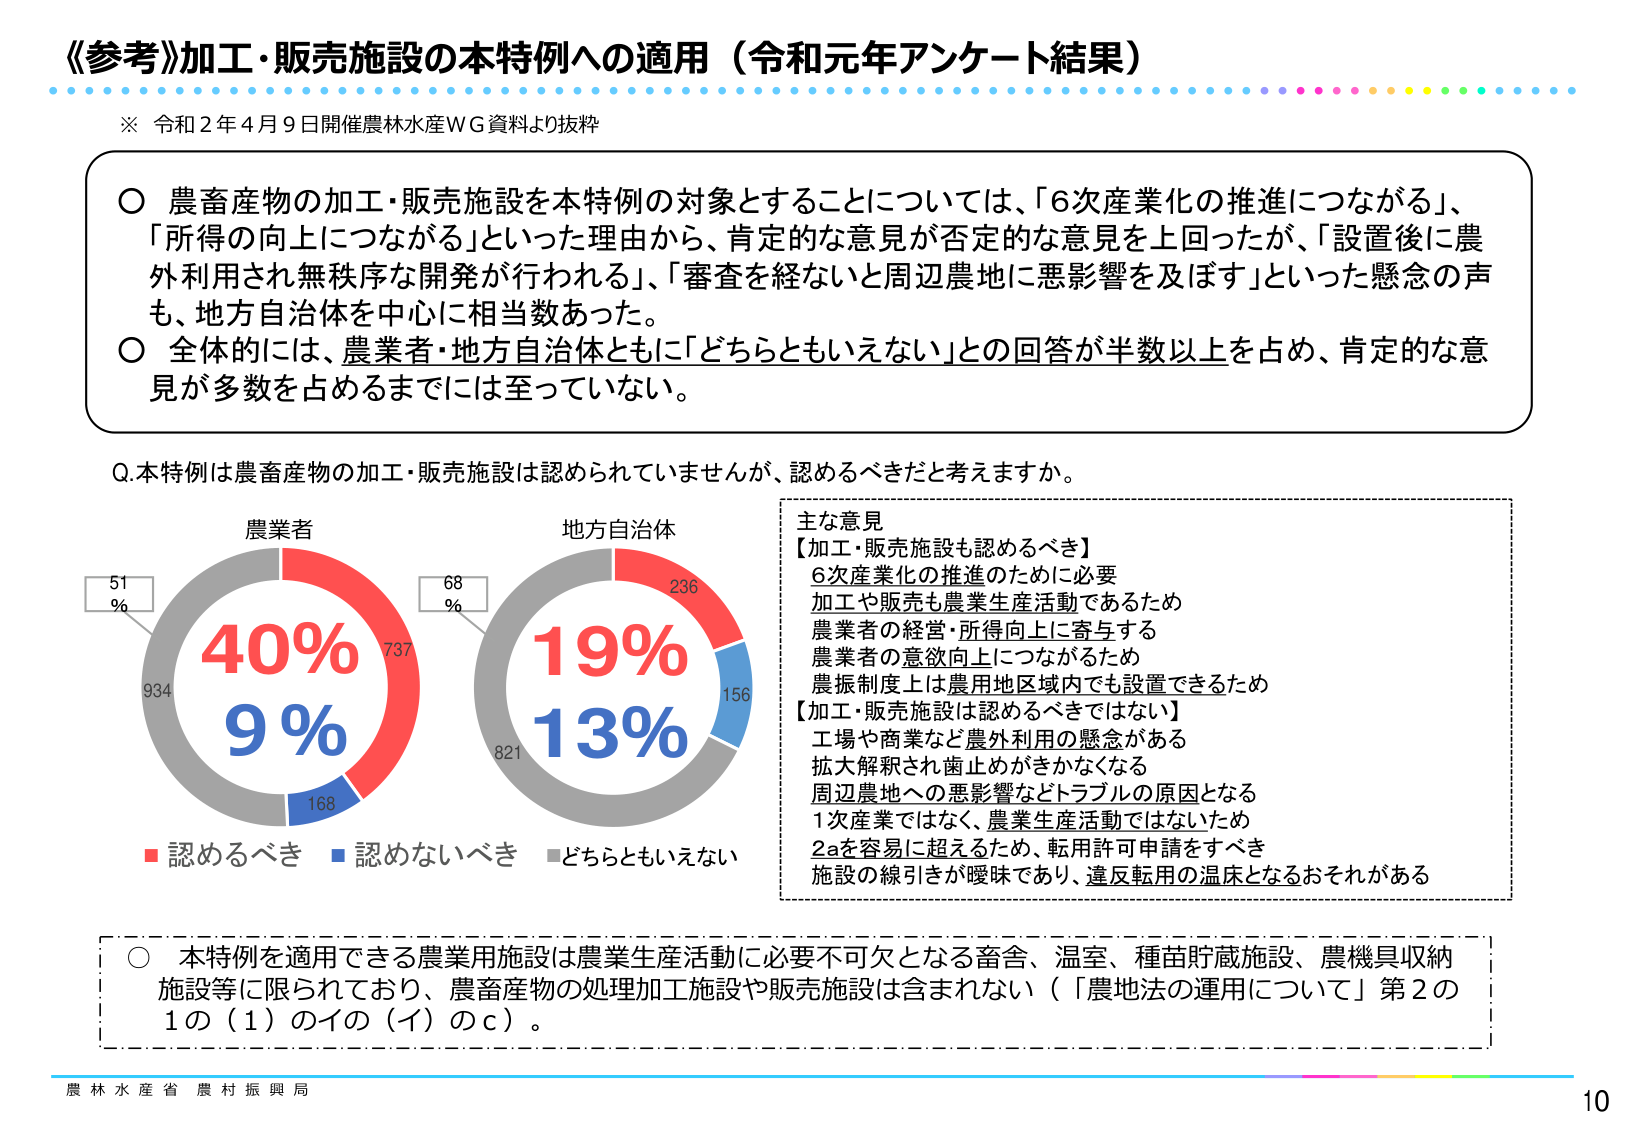
《参考》加工・販売施設の本特例への適用（令和元年アンケート結果）

※ 令和２年４月９日開催農林水産ＷＧ資料より抜粋

○ 農畜産物の加工・販売施設を本特例の対象とすることについては、「６次産業化の推進につながる」、「所得の向上につながる」といった理由から、肯定的な意見が否定的な意見を上回ったが、「設置後に農外利用され無秩序な開発が行われる」、「審査を経ないと周辺農地に悪影響を及ぼす」といった懸念の声も、地方自治体を中心に相当数あった。

○ 全体的には、農業者・地方自治体ともに「どちらともいえない」との回答が半数以上を占め、肯定的な意見が多数を占めるまでは至っていない。

Q.本特例は農畜産物の加工・販売施設は認められていませんが、認めるべきだと考えますか。

農業者
40%
9%
51%
934
737
168

地方自治体
19%
13%
68%
821
236
156

■ 認めるべき ■ 認めないべき ■ どちらともいえない

主な意見
【加工・販売施設も認めるべき】
６次産業化の推進のために必要
加工や販売も農業生産活動であるため
農業者の経営・所得向上に寄与する
農業者の意欲向上につながるため
農振制度上は農用地区域内でも設置できるため

【加工・販売施設は認めるべきではない】
工場や商業など農外利用の懸念がある
拡大解釈され歯止めがきかなくなる
周辺農地への悪影響などトラブルの原因となる
１次産業ではなく、農業生産活動ではないため
２ａを容易に超えるため、転用許可申請をすべき
施設の線引きが曖昧であり、違反転用の温床となるおそれがある

○ 本特例を適用できる農業用施設は農業生産活動に必要不可欠となる畜舎、温室、種苗貯蔵施設、農機具収納施設等に限られており、農畜産物の処理加工施設や販売施設は含まれない（「農地法の運用について」第２の１の（１）のイの（イ）のｃ）。

農林水産省 農村振興局
10